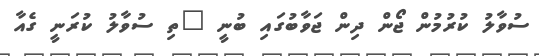
ސުވާލު ކުރުމުން ޖޯން ދިން ޖަވާބުގައި ބުނީ "ތި ސުވާލު ކުރަނީ ގެއާ